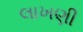
લાખણી